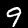
Digit: 9